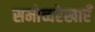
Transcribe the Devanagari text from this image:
समोच्चरेखाएँ